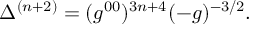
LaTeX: \Delta ^ { ( n + 2 ) } = ( g ^ { 0 0 } ) ^ { 3 n + 4 } ( - g ) ^ { - 3 / 2 } .